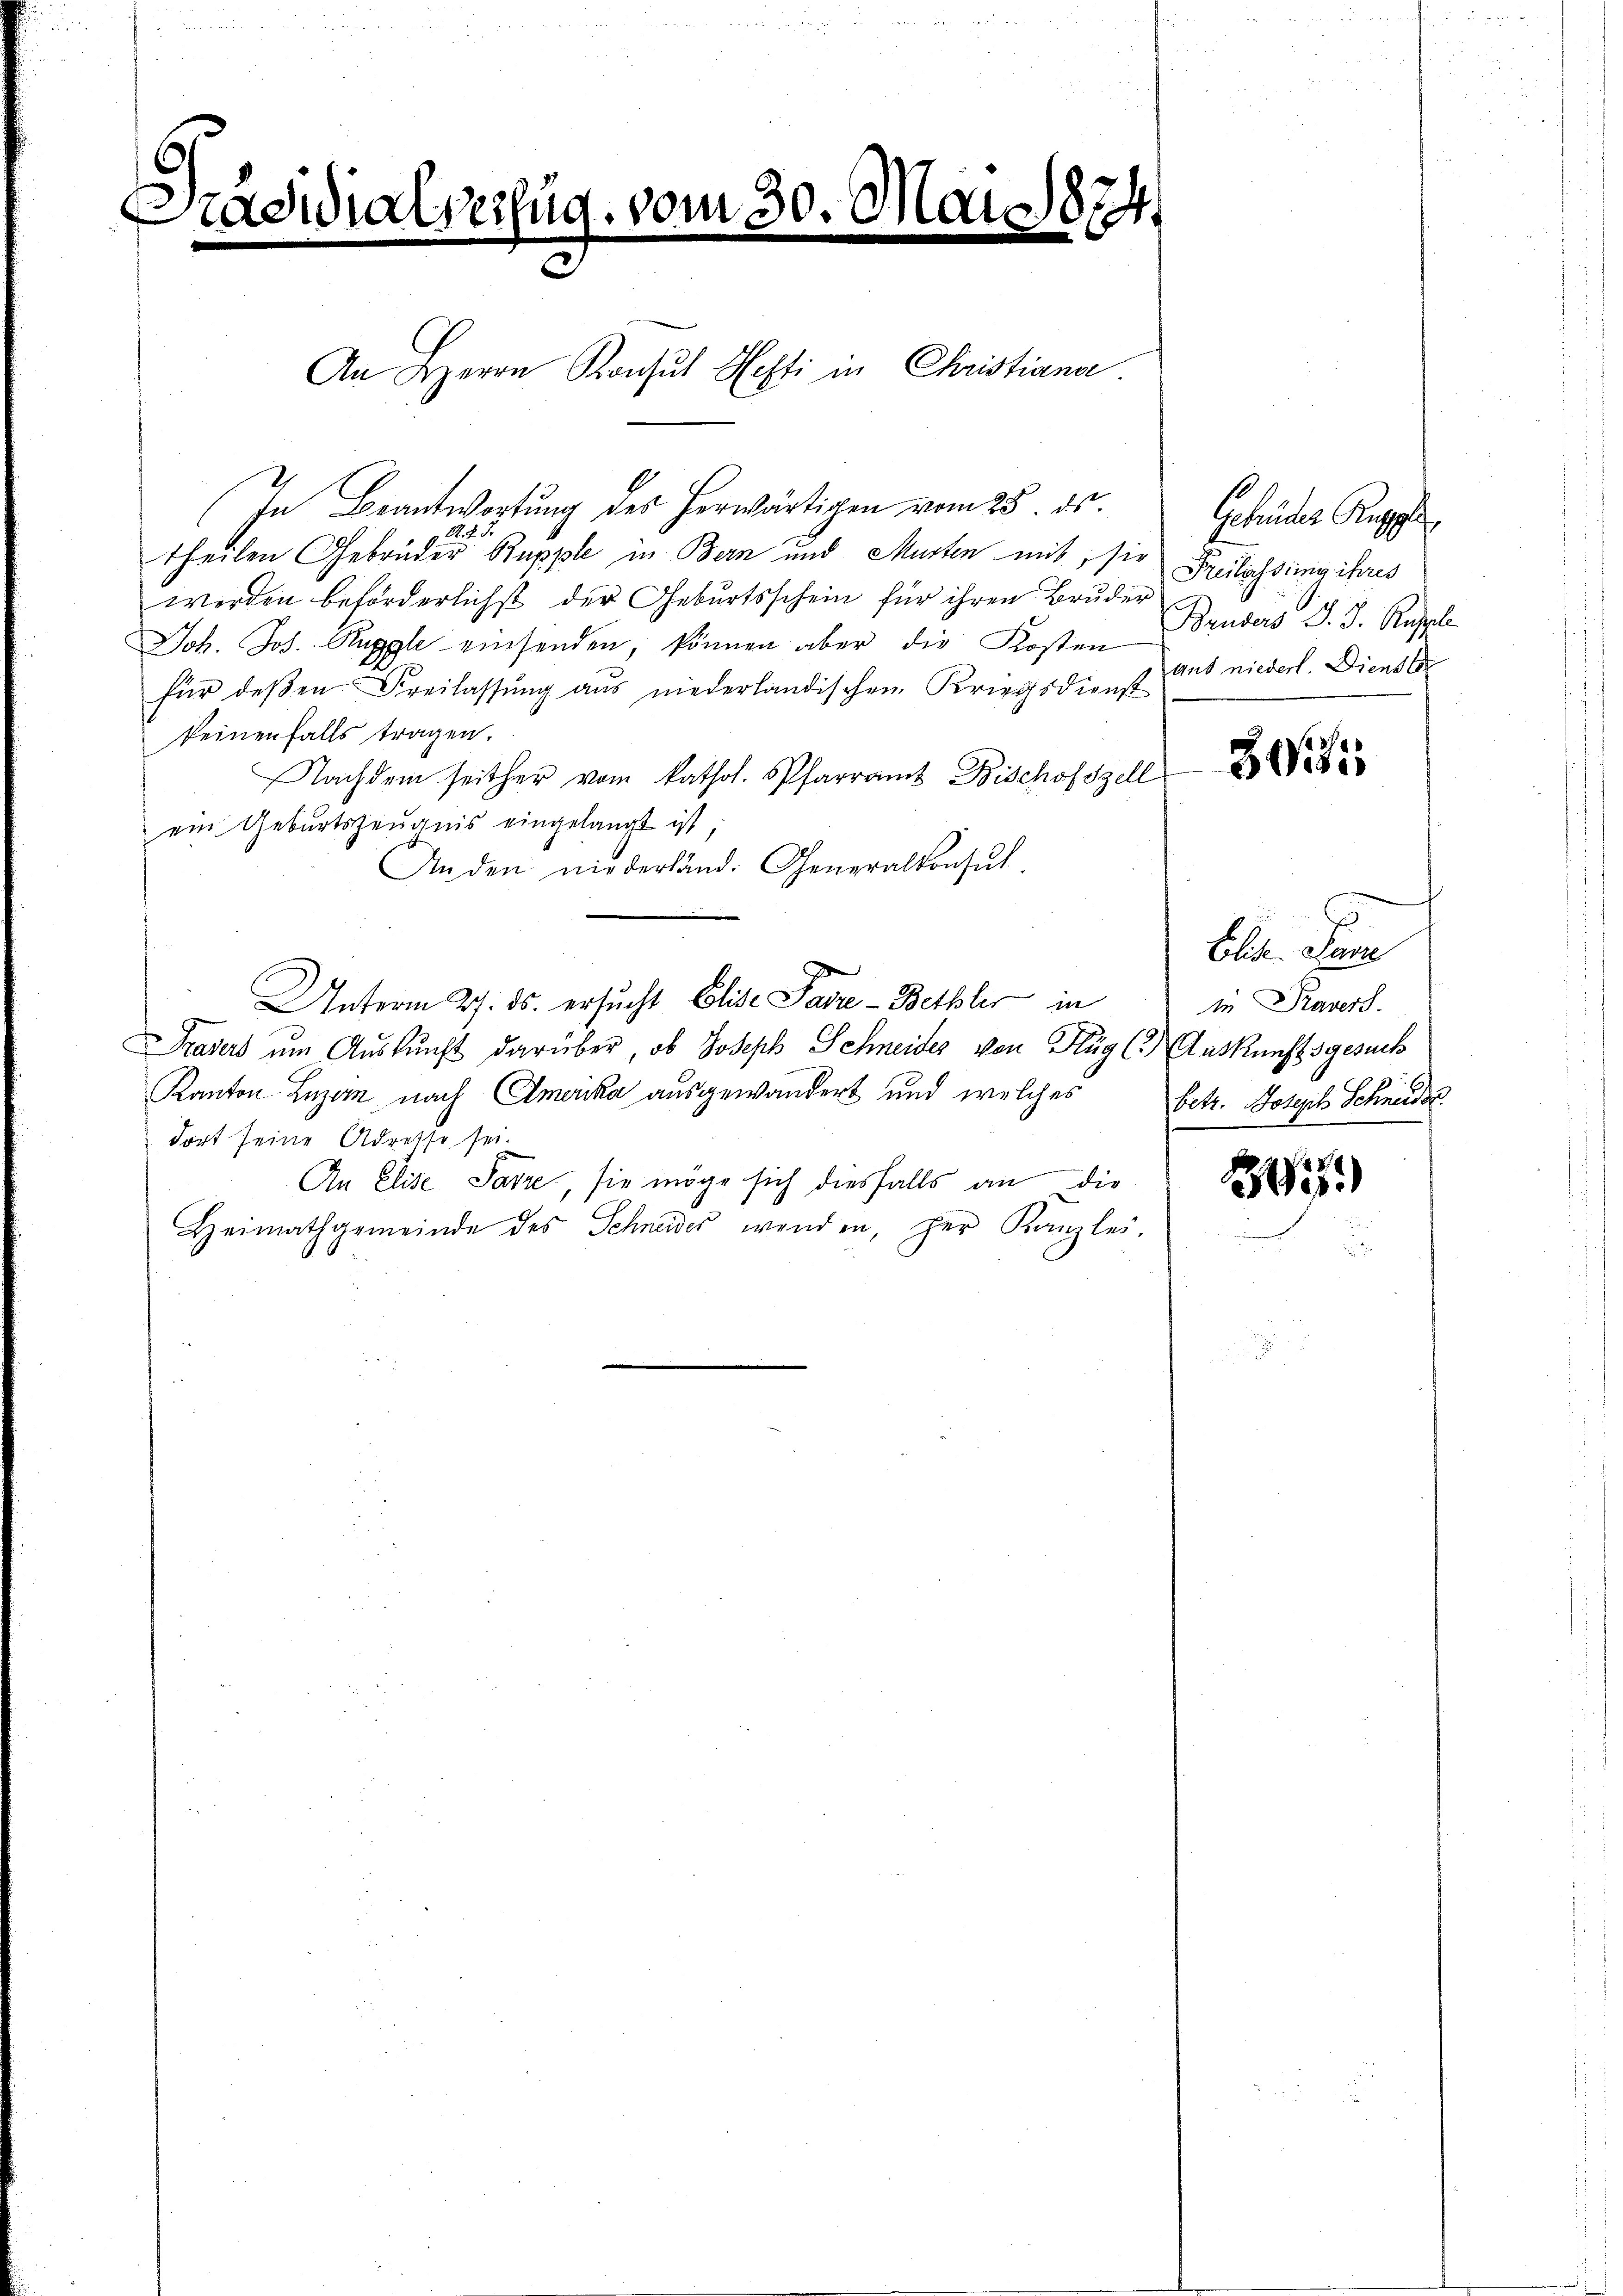
Präsidialverfug. vom 30. Mai 1874.

An Herrn Konsul Hefti in Christiana
In Beantwortung des herwärtigen vom 25. ds.
theilen Gebrüder Rupple in Bern und Murten mit, sie Freilassing ihres
werden beförderlichst der Geburtsschein für ihren Bruder
Joh. Jos. Rupple einsenden, können aber die Kosten
für deβen Freilassŭng aŭs niederländischen Kriegsdienst aus niederl. Dienster
keinenfalls tragen.
NNachdem seither vom kathol. Pfarramt Bischofszell
ein Geburtszeugnis eingelangt ist,
An den niederland. Generalkonsul-
Unterm 27. ds. ersucht Elise Parze-Bettler in
Trasers ŭm Aŭskŭnft darüber, ob Joseph Schneider von Hug (2. Auskunftsgesuch
Kanton Luzern nach Amerika ausgewandert und welches betr. Joseph Schneider
dort seine Adresso sei.
An Elise Satze, sie möge sich diesfalls an die
Heimathgemeinde des Schneider wenden, her Kanzlei.

Gebrüder Regel
Bruders d. J. Rupple

305

Elite Sum
in Ravers.

2